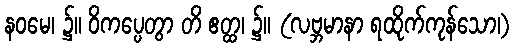
နဝမေ၊ ၌။ ဝိကပ္ပေတွာ တိ ဧတ္ထ၊ ၌။ (လဗ္ဘမာနာ ရထိုက်ကုန်သော၊)